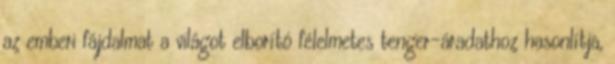
az emberi fájdalmat a világot elborító félelmetes tenger-áradathoz hasonlítja,